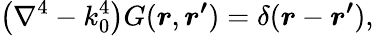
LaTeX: \left(\nabla^{4}-k_{0}^{4}\right)G(\boldsymbol{r},\boldsymbol{r^{\prime}})=\delta(\boldsymbol{r}-\boldsymbol{r^{\prime}}),